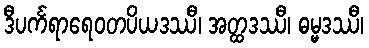
ဒီပင်္ကရာရေဝတပိယဒဿီ၊ အတ္ထဒဿီ၊ ဓမ္မဒဿီ၊